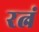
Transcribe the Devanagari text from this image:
रत्नं